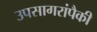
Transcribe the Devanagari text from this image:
उपसागरांपैकी